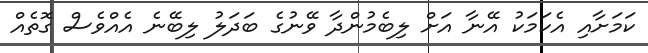
ކަމަށާއި އެކަމަކު އޭނާ އަށް ލިބެމުންދާ ވޭނުގެ ބަދަލު ލިބޭނެ އެއްވެސް ގޮތެއް